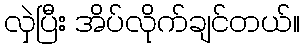
လှဲပြီး အိပ်လိုက်ချင်တယ်။